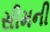
સીમની